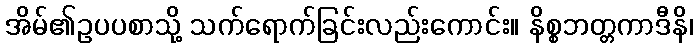
အိမ်၏ဥပပစာသို့ သက်ရောက်ခြင်းလည်းကောင်း။ နိစ္စဘတ္တကာဒီနိ၊